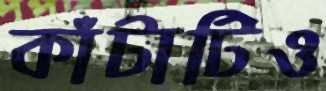
কাঁটাটিও